Calcutta medical institutions reports 1871-78
Year: 1871
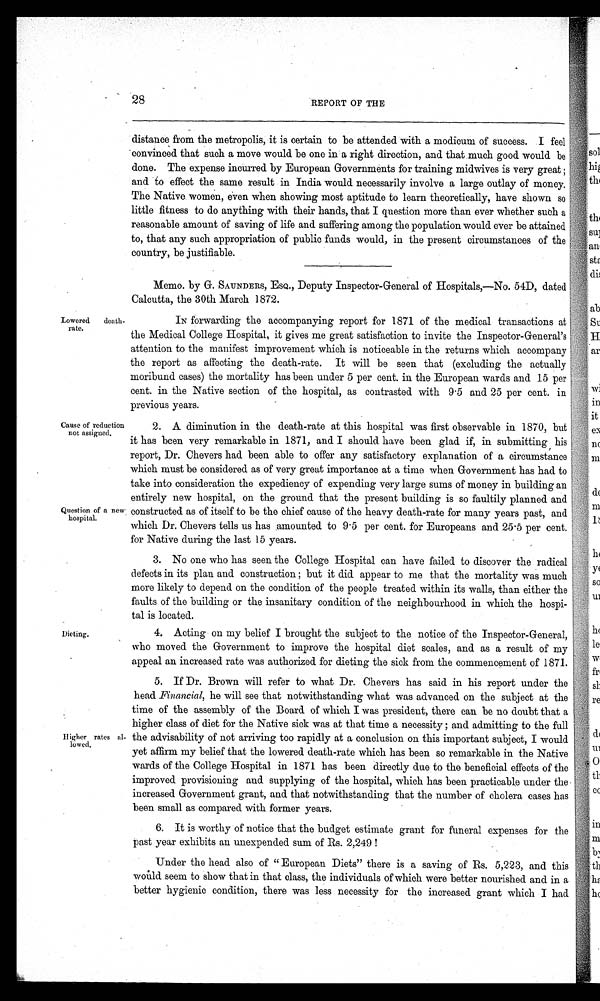
28
REPORT OF THE
Lowered death-
rate.
Cause of reduction
not assigned.
Question of a new
hospital.
Dieting.
Higher rates al-
lowed.
distance from the metropolis, it is certain to be attended with a modicum of success. I feel
convinced that such a move would be one in a right direction, and that much good would be
done. The expense incurred by European Governments for training midwives is very great ;
and to effect the same result in India would necessarily involve a large outlay of money.
The Native women, even when showing most aptitude to learn theoretically, have shown so
little fitness to do anything with their hands, that I question more than ever whether such a
reasonable amount of saving of life and suffering among the population would ever be attained
to, that any such appropriation of public funds would, in the present circumstances of the
country, be justifiable.
Memo. by G. SAUNDERS, ESQ., Deputy Inspector-General of Hospitals,—No. 54D, dated
Calcutta, the 30th March 1872.
IN forwarding the accompanying report for 1871 of the medical transactions at
the Medical College Hospital, it gives me great satisfaction to invite the Inspector-General's
attention to the manifest improvement which is noticeable in the returns which accompany
the report as affecting the death-rate. It will be seen that (excluding the actually
moribund cases) the mortality has been under 5 per cent. in the European wards and 15 per
cent. in the Native section of the hospital, as contrasted with 9.5 and 25 per cent. in
previous years.
2. A diminution in the death-rate at this hospital was first observable in 1870, but
it has been very remarkable in 1871, and I should have been glad if, in submitting his
report, Dr. Chevers had been able to offer any satisfactory explanation of a circumstance
which must be considered as of very great importance at a time when Government has had to
take into consideration the expediency of expending very large sums of money in building an
entirely new hospital, on the ground that the present building is so faultily planned and
constructed as of itself to be the chief cause of the heavy death-rate for many years past, and
which Dr. Chevers tells us has amounted. to 9.5 per cent. for Europeans and 25.5 per cent.
for Native during the last 15 years.
3. No one who has seen the College Hospital can have failed to discover the radical
defects in its plan and construction ; but it did appear to me that the mortality was much
more likely to depend on the condition of the people treated within its walls, than either the
faults of the building or the insanitary condition of the neighbourhood in which the hospi-
tal is located.
4. Acting on my belief I brought the subject to the notice of the Inspector-General,
who moved the Government to improve the hospital diet scales, and as a result of my
appeal an increased rate was authorized for dieting the sick from the commencement of 1871.
5. If Dr. Brown will refer to what Dr. Chevers has said in his report under the
head Financial, he will see that notwithstanding what was advanced on the subject at the
time of the assembly of the Board of which I was president, there can be no doubt that a
higher class of diet for the Native sick was at that time a necessity ; and admitting to the full
the advisability of not arriving too rapidly at a conclusion on this important subject, I would
yet affirm my belief that the lowered death-rate which has been so remarkable in the Native
wards of the College Hospital in 1871 has been directly due to the beneficial effects of the
improved provisioning and supplying of the hospital, which has been practicable under the
increased Government grant, and that notwithstanding that the number of cholera cases has
been small as compared with former years.
6. It is worthy of notice that the budget estimate grant for funeral expenses for the
past year exhibits an unexpended sum of Rs. 2,249 !
Under the head also of " European Diets" there is a saving of Rs. 5,223, and this
would seem to show that in that class, the individuals of which were better nourished and in a
better hygienic condition, there was less necessity for the increased grant which I had